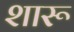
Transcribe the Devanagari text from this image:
शारू